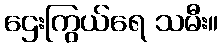
ဌေးကြွယ်ရေ သမီး။